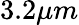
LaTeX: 3.2\mu m